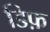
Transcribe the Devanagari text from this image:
डिफ़